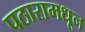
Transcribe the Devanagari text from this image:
पठारामधून